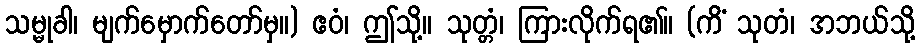
သမ္မုခါ၊ မျက်မှောက်တော်မှ။) ဧဝံ၊ ဤသို့။ သုတ္တံ၊ ကြားလိုက်ရ၏။ (ကိံ သုတံ၊ အဘယ်သို့